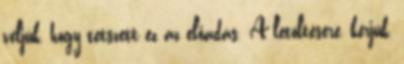
véljük, hogy tetszett ez az előadás. A letöltésére, kérjük,